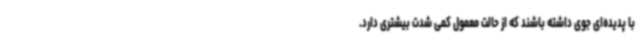
با پدیده‌ای جوی داشته باشند که از حالت معمول کمی شدت بیشتری دارد.